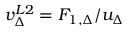
\begin{array} { r } { v _ { \Delta } ^ { L 2 } = F _ { 1 , \Delta } / u _ { \Delta } } \end{array}